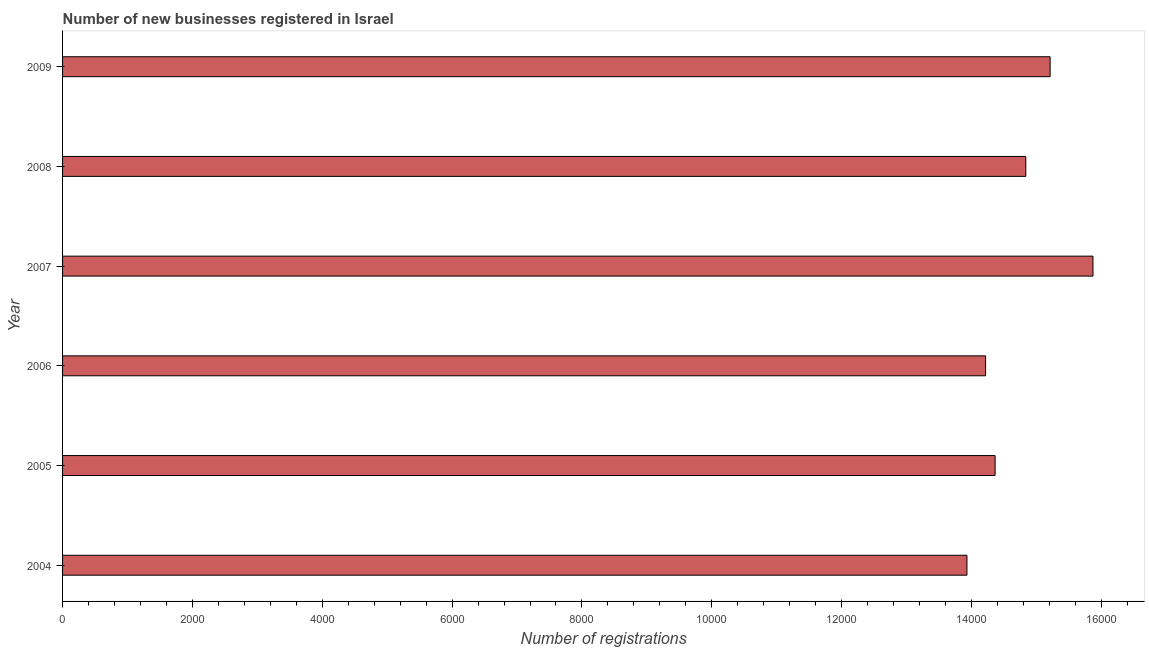
| Year | New businesses |
 | --- | --- |
 | 2004 | 1.39e+04 |
 | 2005 | 1.44e+04 |
 | 2006 | 1.42e+04 |
 | 2007 | 1.59e+04 |
 | 2008 | 1.48e+04 |
 | 2009 | 1.52e+04 |